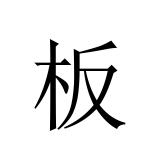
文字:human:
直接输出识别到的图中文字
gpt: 板